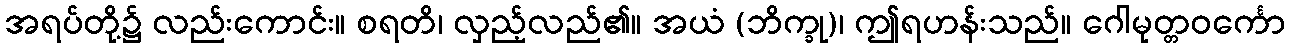
အရပ်တို့၌ လည်းကောင်း။ စရတိ၊ လှည့်လည်၏။ အယံ (ဘိက္ခု)၊ ဤရဟန်းသည်။ ဂေါမုတ္တဝင်္ကော